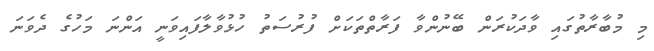
މި މުބާރާތުގައި ވާދަކުރަން ބޭނުންވާ ފަރާތްތަކަށް ފުރުސަތު ހުޅުވާލާފައިވަނީ އަންނަ މަހުގެ ދެވަަނަ